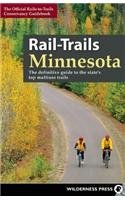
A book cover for Rail-Trails Minnesota: The definitive guide to the state's best multiuse trails; Rails-to-Trails Conservancy; Travel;